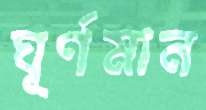
ঘূর্ণমান